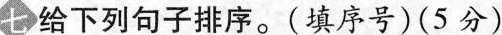
七 给下列句子排序。(填序号)(5分)